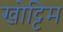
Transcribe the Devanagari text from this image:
खोट्टिम